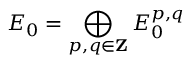
E _ { 0 } = \bigoplus _ { p , q \in \mathbf { Z } } E _ { 0 } ^ { p , q }